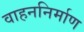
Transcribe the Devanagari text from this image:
वाहननिर्माण